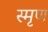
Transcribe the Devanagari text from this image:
स्मृण